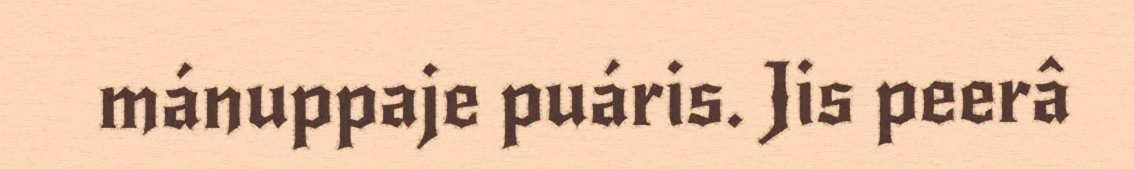
mánuppaje puáris. Jis peerâ